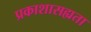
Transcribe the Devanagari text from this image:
प्रकाशासह्यता